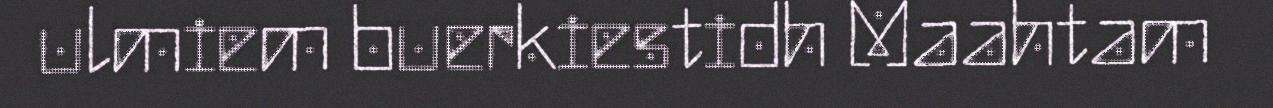
ulmiem buerkiestidh Maahtam